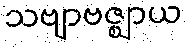
သဗျာဗဇ္ဈာယ